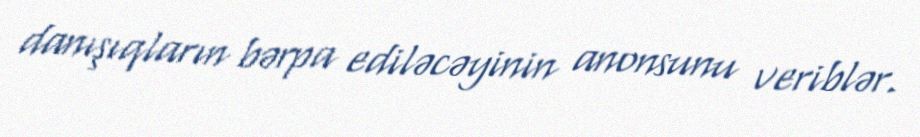
danışıqların bərpa ediləcəyinin anonsunu veriblər.